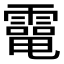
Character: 𩅐